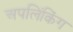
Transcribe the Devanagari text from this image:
अपलिंकिंग